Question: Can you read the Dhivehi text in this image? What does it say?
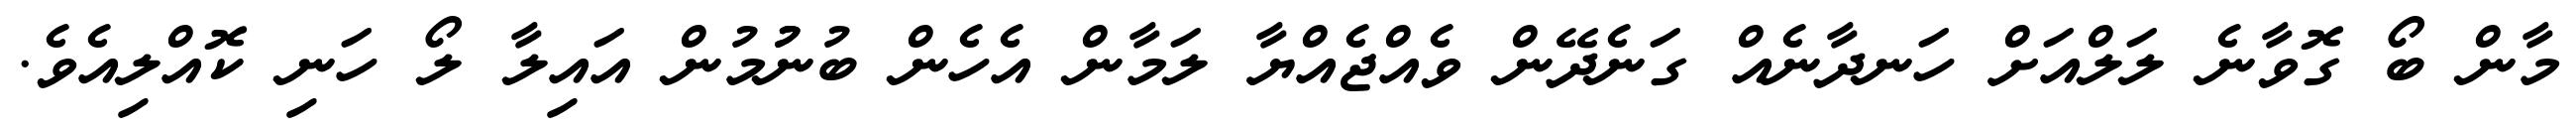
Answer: މާން ބޯ ގޮވާނެ ލަލްއަށް ހަނދާނެއް ގަނެދޭން ވެއްޖެއްޔާ ލަމާން އެހެން ބުނުުމުން އައިލާ ލޯ ހަނި ކޮއްލިއެވެ.